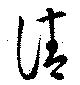
請